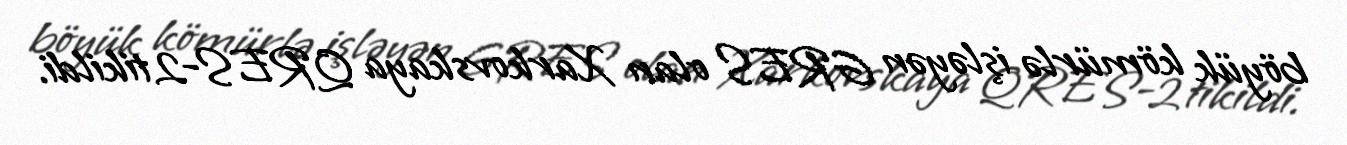
böyük kömürlə işləyən GRES olan Xarkovskaya QRES-2 tikildi.